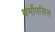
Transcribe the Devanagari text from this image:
थर्मोपसिस